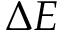
\Delta E